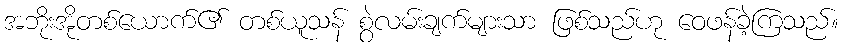
အဘိုးအိုတစ်ယောက်၏ တစ်ယူသန် စွဲလမ်းချက်များသာ ဖြစ်သည်ဟု ဝေဖန်ခဲ့ကြသည်။